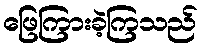
ဖြေကြားခဲ့ကြသည်